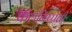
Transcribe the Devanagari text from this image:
फलनिष्पत्ती